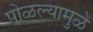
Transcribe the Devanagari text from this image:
पोळल्यामुळे